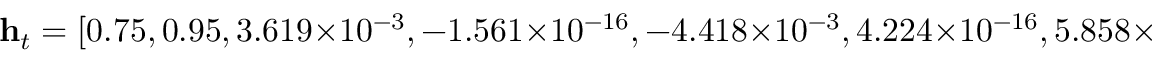
\mathbf { h } _ { t } = [ 0 . 7 5 , 0 . 9 5 , 3 . 6 1 9 \times 1 0 ^ { - 3 } , - 1 . 5 6 1 \times 1 0 ^ { - 1 6 } , - 4 . 4 1 8 \times 1 0 ^ { - 3 } , 4 . 2 2 4 \times 1 0 ^ { - 1 6 } , 5 . 8 5 8 \times 1 0 ^ { - 3 } , 1 . 4 7 2 \times 1 0 ^ { - 1 6 } , - 1 . 5 2 6 \times 1 0 ^ { - 2 } , 2 . 2 5 \times 1 0 ^ { - 2 } ]